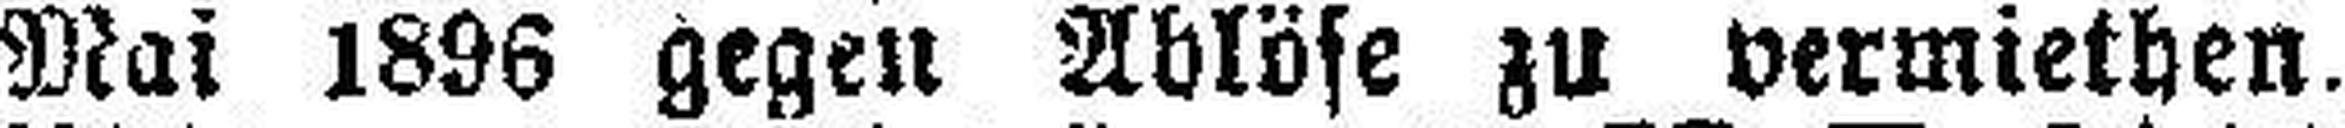
Mai 1896 gegen Ablöse zu vermiethen,